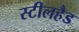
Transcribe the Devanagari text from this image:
स्टीलहैड